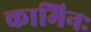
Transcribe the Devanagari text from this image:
कामिनः